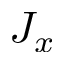
J _ { x }